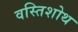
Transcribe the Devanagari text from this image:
वस्तिशोथ